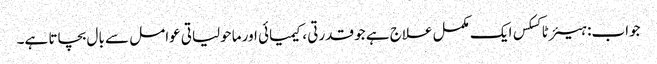
جواب: ہیئر ٹاکسکس ایک مکمل علاج ہے جو قدرتی ، کیمیائی اور ماحولیاتی عوامل سے بال بچاتا ہے۔